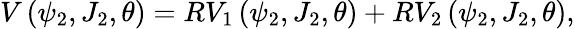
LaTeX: V\left(\psi_{2},J_{2},\theta\right)=RV_{1}\left(\psi_{2},J_{2},\theta\right)+RV_{2}\left(\psi_{2},J_{2},\theta\right),